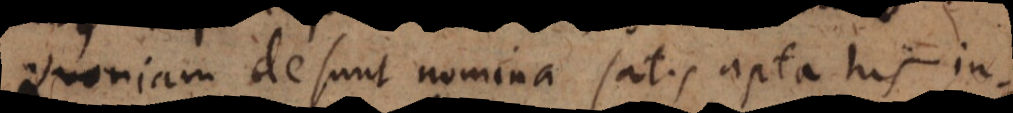
Quoniam desunt nomina satis apta his in